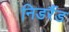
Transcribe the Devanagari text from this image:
निडर्रैड